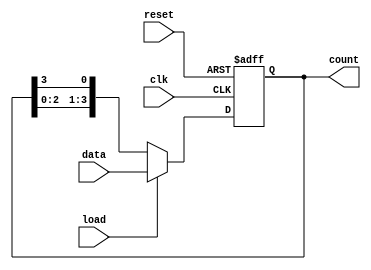
module LoadableRingCounter #(
    parameter N = 4  // Define the width of the counter (number of bits)
)(
    input wire clk,       // Clock signal
    input wire load,      // Load signal to load a preset value
    input wire [N-1:0] data, // N-bit data input for loading
    input wire reset,     // Optional reset signal
    output reg [N-1:0] count // Current state of the ring counter
);

// Initialize the counter
always @(posedge clk or posedge reset) begin
    if (reset) begin
        count <= {N{1'b0}};  // Reset the counter to '0'
    end else if (load) begin
        count <= data;       // Load the preset value
    end else begin
        // Perform ring counter operation
        count <= {count[N-2:0], count[N-1]}; // Right circular shift
    end
end

endmodule